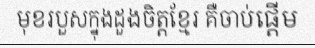
មុខរបួសក្នុងដួងចិត្តខ្មែរ គឺចាប់ផ្តើម